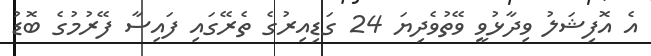
އެ އޮފިޝަލު ވިދާޅުވީ ވޭތުވެދިޔަ 24 ގަޑިއިރުގެ ތެރޭގައި ފައިސާ ފޭރުމުގެ ބޮޑު